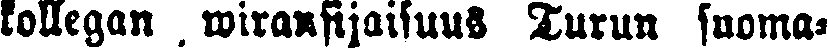
kollegan wirkasijaisuus Turun suoma-